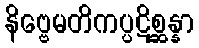
နိဗ္ဗေမတိကပ္ပဋိစ္ဆန္နာ